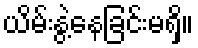
ယိမ်းနွဲ့နေခြင်းမရှိ။